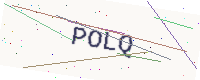
Text: POLQ